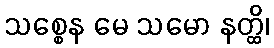
သစ္စေန မေ သမော နတ္ထိ၊